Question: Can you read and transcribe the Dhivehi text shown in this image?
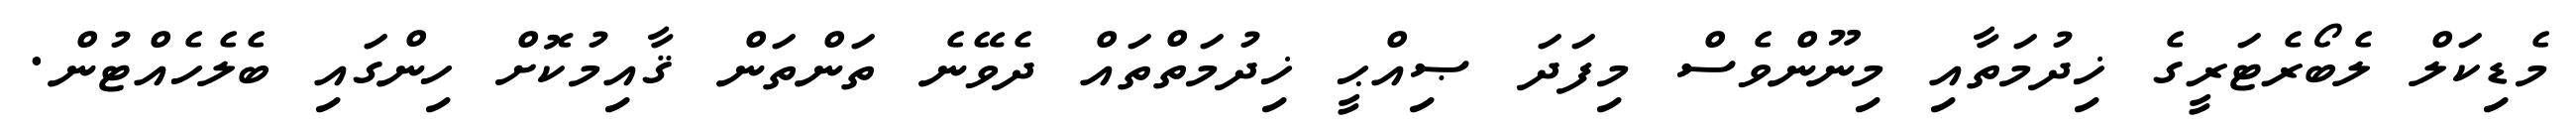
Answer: މެޑިކަލް ލެބޯރެޓަރީގެ ޚިދުމަތާއި މިނޫންވެސް މިފަދަ ޞިއްޙީ ޚިދުމަތްތައް ދެވޭނެ ތަންތަން ޤާއިމުކޮށް ހިންގައި ބެލެހެއްޓުން.